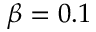
\beta = 0 . 1